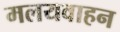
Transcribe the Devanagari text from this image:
मलयवाहन